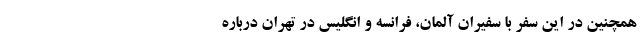
همچنین در این سفر با سفیران آلمان، فرانسه و انگلیس در تهران درباره